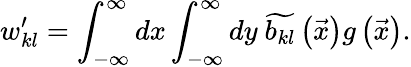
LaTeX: w_{kl}^{\prime}=\int_{-\infty}^{\infty}dx\int_{-\infty}^{\infty}dy\ \widetilde{b_{kl}}\left(\vec{x}\right)g\left(\vec{x}\right).